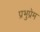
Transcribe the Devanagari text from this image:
प्रभुप्रेम